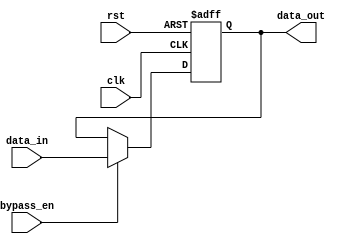
module bypass_register (
    input wire clk,
    input wire rst,
    input wire bypass_en,
    input wire [7:0] data_in,
    output reg [7:0] data_out
);

reg [7:0] bypass_reg;

always @(posedge clk or posedge rst) begin
    if (rst) begin
        bypass_reg <= 8'h00;
    end else begin
        if (bypass_en) begin
            bypass_reg <= data_in;
        end else begin
            bypass_reg <= bypass_reg;
        end
    end
end

assign data_out = bypass_reg;

endmodule